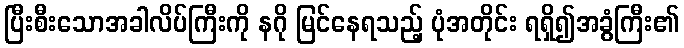
ပြီးစီးသောအခါလိပ်ကြီးကို နဂို မြင်နေရသည့် ပုံအတိုင်း ရရှိ၍အခွံကြီး၏